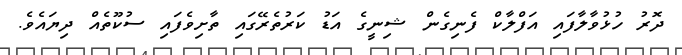
ދޮރު ހުޅުވާލާފައި އަފްލާކް ފެނިގެން ޝިނީގެ އަޑު ކަރުތެރޭގައި ތާށިވެފައި ސުކޫތެއް ދިޔައެވެ.